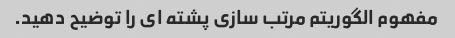
مفهوم الگوریتم مرتب سازی پشته ای را توضیح دهید.